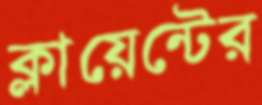
ক্লায়েন্টের